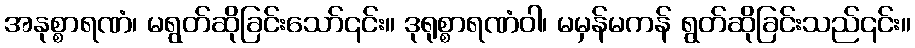
အနုစ္စာရဏံ၊ မရွတ်ဆိုခြင်းသော်၎င်း။ ဒုရုစ္စာရဏံဝါ၊ မမှန်မကန် ရွတ်ဆိုခြင်းသည်၎င်း။